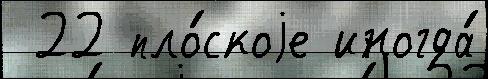
 22 пло́скоjе иногда́